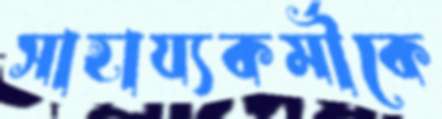
সাহায্যকর্মীকে